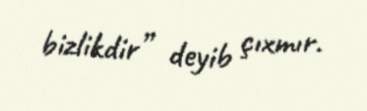
bizlikdir” deyib çıxmır.